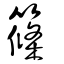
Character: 篠